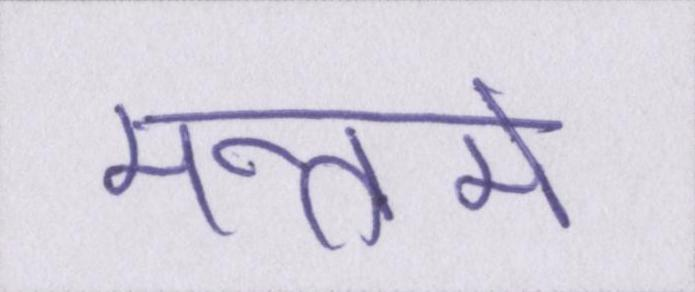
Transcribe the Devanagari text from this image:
मन्त्रमें